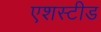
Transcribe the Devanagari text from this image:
एशस्टीड